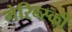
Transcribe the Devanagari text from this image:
मेरिन्स्की